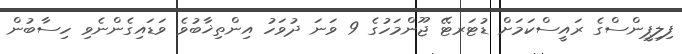
ފިލިޕީންސްގެ ރައީސްކަމަށް ޑުޓަރޓޭ ޖޫންމަހުގެ 9 ވަނަ ދުވަހު އިންތިޚާބުވެ ވަޑައިގެންނެވި ހިސާބުން